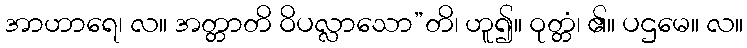
အာဟာရေ၊ လ။ အတ္တာတိ ဝိပလ္လာသော”တိ၊ ဟူ၍။ ဝုတ္တံ၊ ၏။ ပဌမေ။ လ။